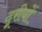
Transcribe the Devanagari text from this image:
दूरीयों